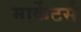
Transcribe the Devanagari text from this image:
मार्केटर्स